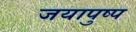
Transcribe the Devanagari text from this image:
जयापुष्प